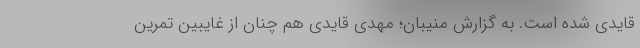
قایدی شده است. به گزارش منیبان؛ مهدی قایدی هم چنان از غایبین تمرین